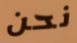
نحن